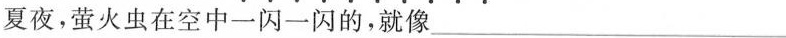
夏夜，萤火虫在空中一闪一闪的，就像___